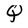
Character: Q